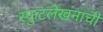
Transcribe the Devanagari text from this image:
स्फुटलेखनाची